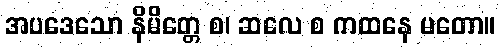
အပဒေသော နိမိတ္တေ စ၊ ဆလေ စ ကထနေ မတော။